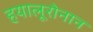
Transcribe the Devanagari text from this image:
हयालूरोनान